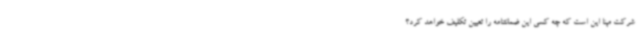
شرکت مپنا این است که چه کسی این ضمانتنامه را تعیین تکلیف خواهد کرد؟